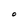
Character: O